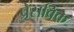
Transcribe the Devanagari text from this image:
प्रेसविक